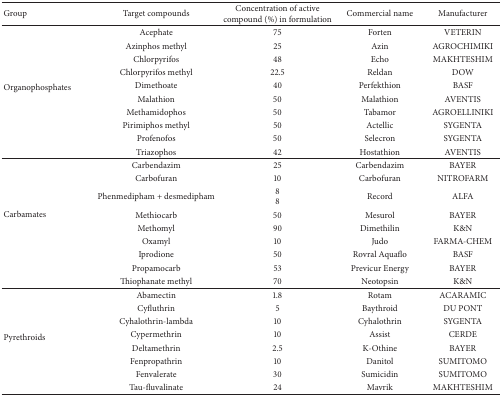
<table><thead><tr><td><b>Group</b></td><td><b>Target compounds</b></td><td><b>Concentration of active compound (%) in formulation</b></td><td><b>Commercial name</b></td><td><b>Manufacturer</b></td></tr></thead><tbody><tr><td rowspan="10">Organophosphates</td><td>Acephate</td><td>75</td><td>Forten</td><td>VETERIN</td></tr><tr><td>Azinphos methyl</td><td>25</td><td>Azin</td><td>AGROCHIMIKI</td></tr><tr><td>Chlorpyrifos</td><td>48</td><td>Echo</td><td>MAKHTESHIM</td></tr><tr><td>Chlorpyrifos methyl</td><td>22.5</td><td>Reldan</td><td> DOW</td></tr><tr><td>Dimethoate</td><td>40</td><td>Perfekthion</td><td>BASF</td></tr><tr><td>Malathion</td><td>50</td><td>Malathion</td><td>AVENTIS</td></tr><tr><td>Methamidophos</td><td>50</td><td>Tabamor</td><td>AGROELLINIKI</td></tr><tr><td>Pirimiphos methyl</td><td>50</td><td>Actellic</td><td>SYGENTA</td></tr><tr><td>Profenofos</td><td>50</td><td>Selecron</td><td>SYGENTA</td></tr><tr><td>Triazophos</td><td>42</td><td>Hostathion</td><td>AVENTIS</td></tr><tr><td rowspan="9">Carbamates </td><td>Carbendazim</td><td>25</td><td>Carbendazim</td><td>BAYER</td></tr><tr><td>Carbofuran</td><td>10</td><td>Carbofuran</td><td>NITROFARM</td></tr><tr><td>Phenmedipham + desmedipham</td><td>88</td><td>Record</td><td>ALFA</td></tr><tr><td>Methiocarb</td><td>50</td><td>Mesurol </td><td>BAYER</td></tr><tr><td>Methomyl</td><td>90</td><td>Dimethilin</td><td>K&amp;N</td></tr><tr><td>Oxamyl</td><td>10</td><td>Judo</td><td>FARMA-CHEM</td></tr><tr><td>Iprodione</td><td>50</td><td>Rovral Aquaflo</td><td>BASF</td></tr><tr><td>Propamocarb</td><td>53</td><td>Previcur Energy </td><td>BAYER</td></tr><tr><td>Thiophanate methyl</td><td>70</td><td>Neotopsin</td><td>K&amp;N</td></tr><tr><td rowspan="8">Pyrethroids</td><td>Abamectin</td><td>1.8</td><td>Rotam</td><td>ACARAMIC</td></tr><tr><td>Cyfluthrin</td><td>5</td><td>Baythroid</td><td>DU PONT</td></tr><tr><td>Cyhalothrin-lambda</td><td>10</td><td>Cyhalothrin</td><td>SYGENTA</td></tr><tr><td>Cypermethrin</td><td>10</td><td>Assist</td><td>CERDE</td></tr><tr><td>Deltamethrin</td><td>2.5</td><td>K-Othine</td><td>BAYER</td></tr><tr><td>Fenpropathrin</td><td>10</td><td>Danitol</td><td>SUMITOMO</td></tr><tr><td>Fenvalerate</td><td>30</td><td>Sumicidin</td><td>SUMITOMO</td></tr><tr><td>Tau-fluvalinate</td><td>24</td><td>Mavrik</td><td>MAKHTESHIM</td></tr></tbody></table>